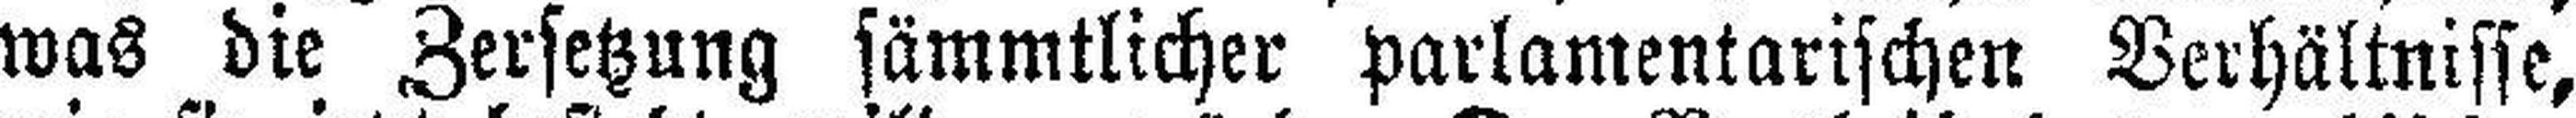
was die Zersetzung sämmtlicher parlamentarischen Verhältnisse,